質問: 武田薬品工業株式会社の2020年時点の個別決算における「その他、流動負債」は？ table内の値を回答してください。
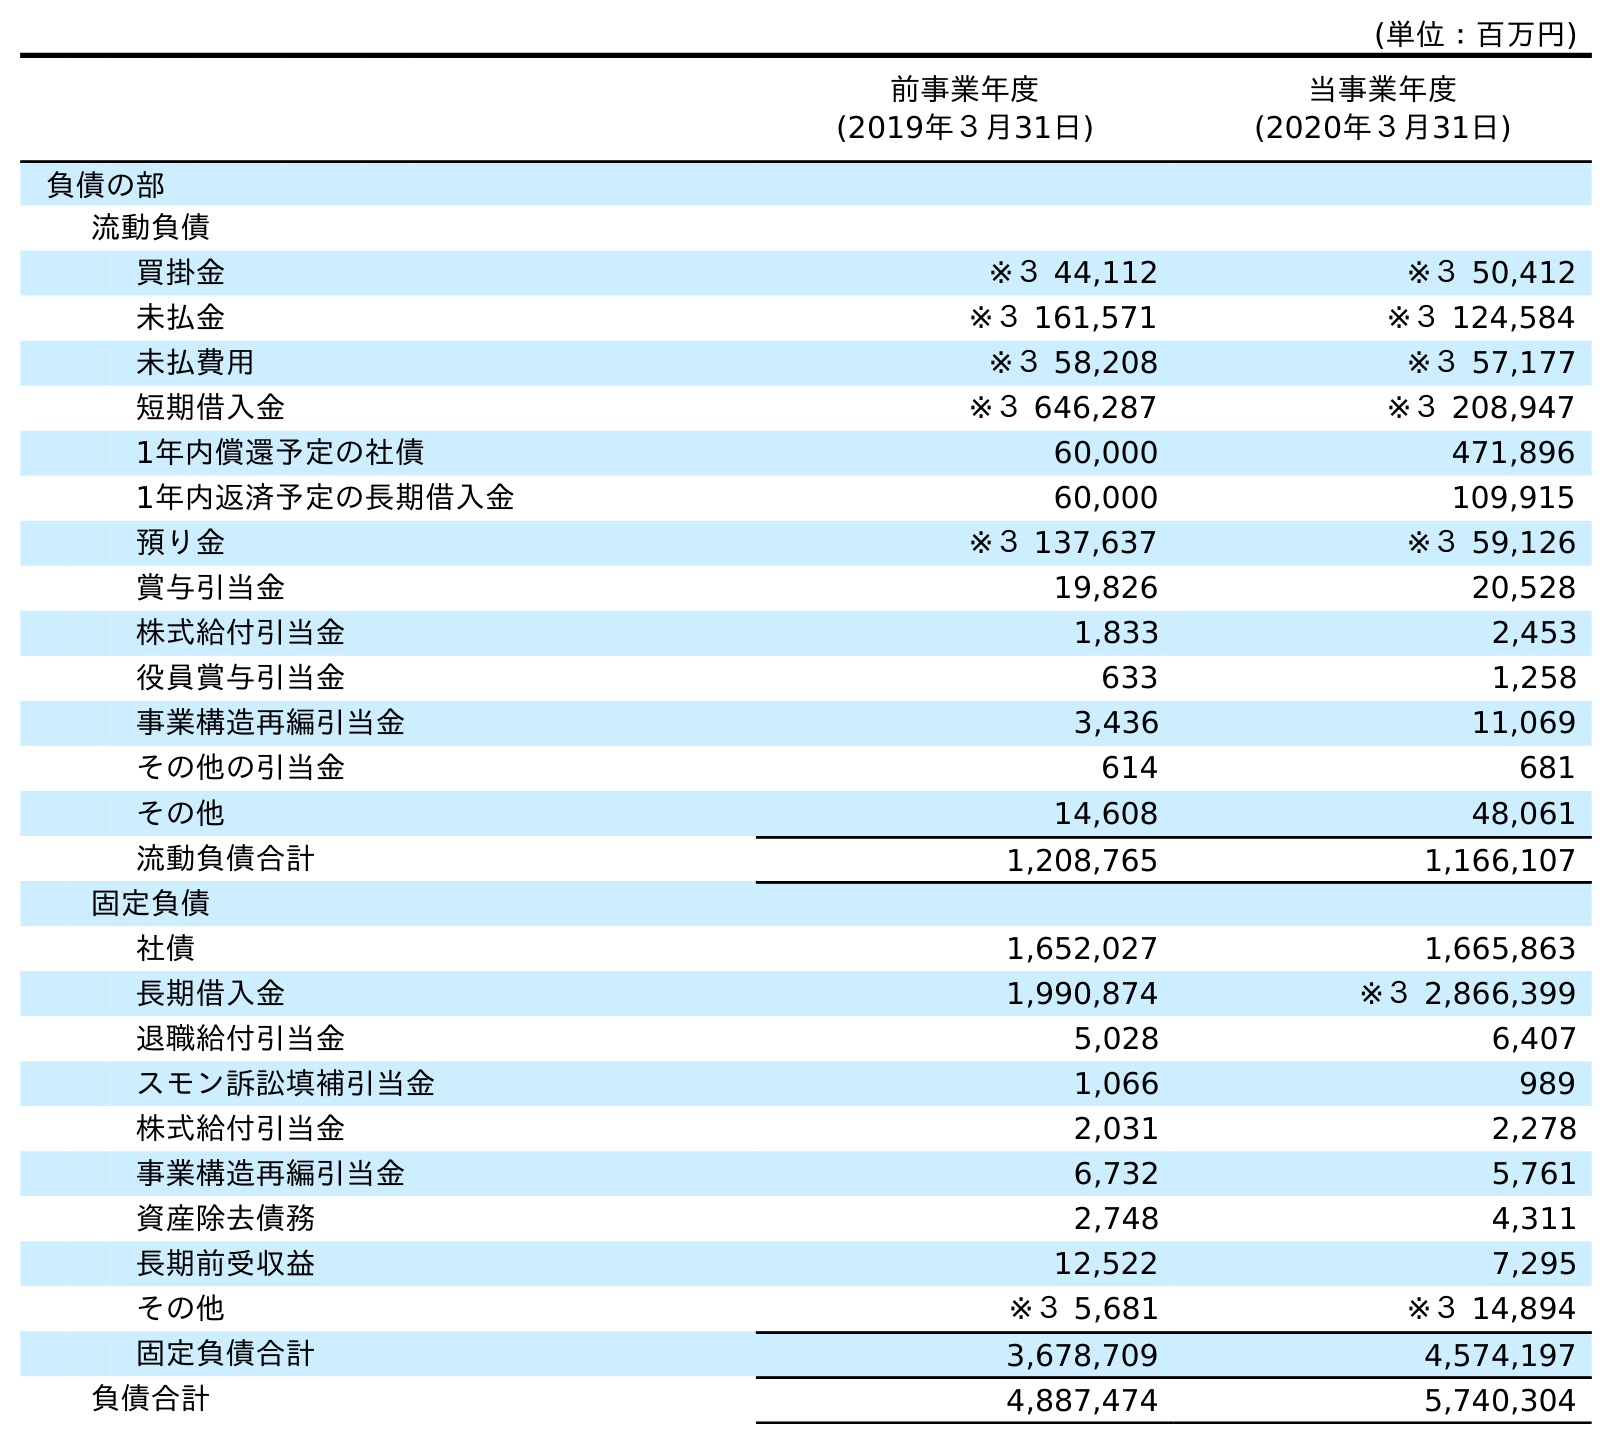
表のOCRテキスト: (単位：百万円) 前事業年度 (2019年３月31日) 当事業年度 (2020年３月31日) 負債の部 流動負債 買掛金 ※３ 44,112 ※３ 50,412 未払金 ※３ 161,571 ※３ 124,584 未払費用 ※３ 58,208 ※３ 57,177 短期借入金 ※３ 646,287 ※３ 208,947 1年内償還予定の社債 60,000 471,896 1年内返済予定の長期借入金 60,000 109,915 預り金 ※３ 137,637 ※３ 59,126 賞与引当金 19,826 20,528 株式給付引当金 1,833 2,453 役員賞与引当金 633 1,258 事業構造再編引当金 3,436 11,069 その他の引当金 614 681 その他 14,608 48,061 流動負債合計 1,208,765 1,166,107 固定負債 社債 1,652,027 1,665,863 長期借入金 1,990,874 ※３ 2,866,399 退職給付引当金 5,028 6,407 スモン訴訟填補引当金 1,066 989 株式給付引当金 2,031 2,278 事業構造再編引当金 6,732 5,761 資産除去債務 2,748 4,311 長期前受収益 12,522 7,295 その他 ※３ 5,681 ※３ 14,894 固定負債合計 3,678,709 4,574,197 負債合計 4,887,474 5,740,304
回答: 48,061